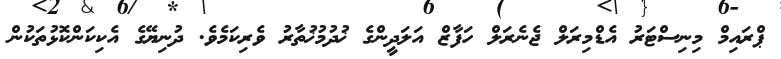
ޕްރައިމް މިނިސްޓަރު އެޑްމިރަލް ޖެނެރަލް ހަފާޒް އަލަދީންގެ ޚުދުމުޚުތާރު ވެރިކަމެވެ. ދުނިޔޭގެ އެކިކަންކޮޅުތަކުން